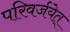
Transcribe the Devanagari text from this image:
परिवर्जयेत्